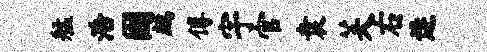
艋浩因鹧傅宇官袁芙右逄